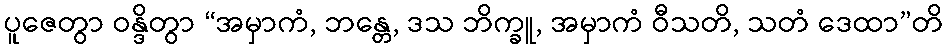
ပူဇေတွာ ဝန္ဒိတွာ “အမှာကံ, ဘန္တေ, ဒသ ဘိက္ခူ, အမှာကံ ဝီသတိ, သတံ ဒေထာ”တိ